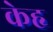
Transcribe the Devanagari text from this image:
केहृ